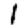
Digit: 1